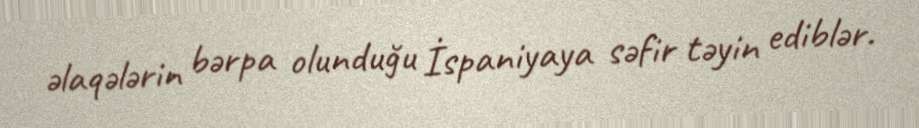
əlaqələrin bərpa olunduğu İspaniyaya səfir təyin ediblər.